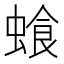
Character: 𮔣